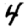
Digit: 4